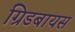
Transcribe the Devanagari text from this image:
ग्रिडबायस